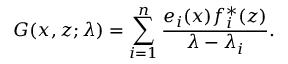
G ( x , z ; \lambda ) = \sum _ { i = 1 } ^ { n } { \frac { e _ { i } ( x ) f _ { i } ^ { * } ( z ) } { \lambda - \lambda _ { i } } } .